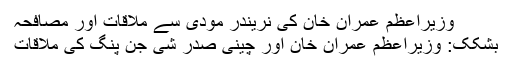
وزیراعظم عمران خان کی نریندر مودی سے ملاقات اور مصافحہ
بشکک: وزیراعظم عمران خان اور چینی صدر شی جن پنگ کی ملاقات